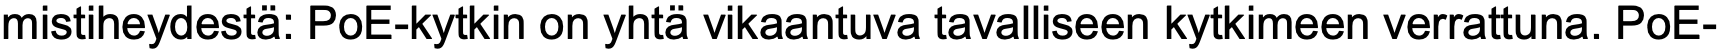
mistiheydestä: PoE-kytkin on yhtä vikaantuva tavalliseen kytkimeen verrattuna. PoE-